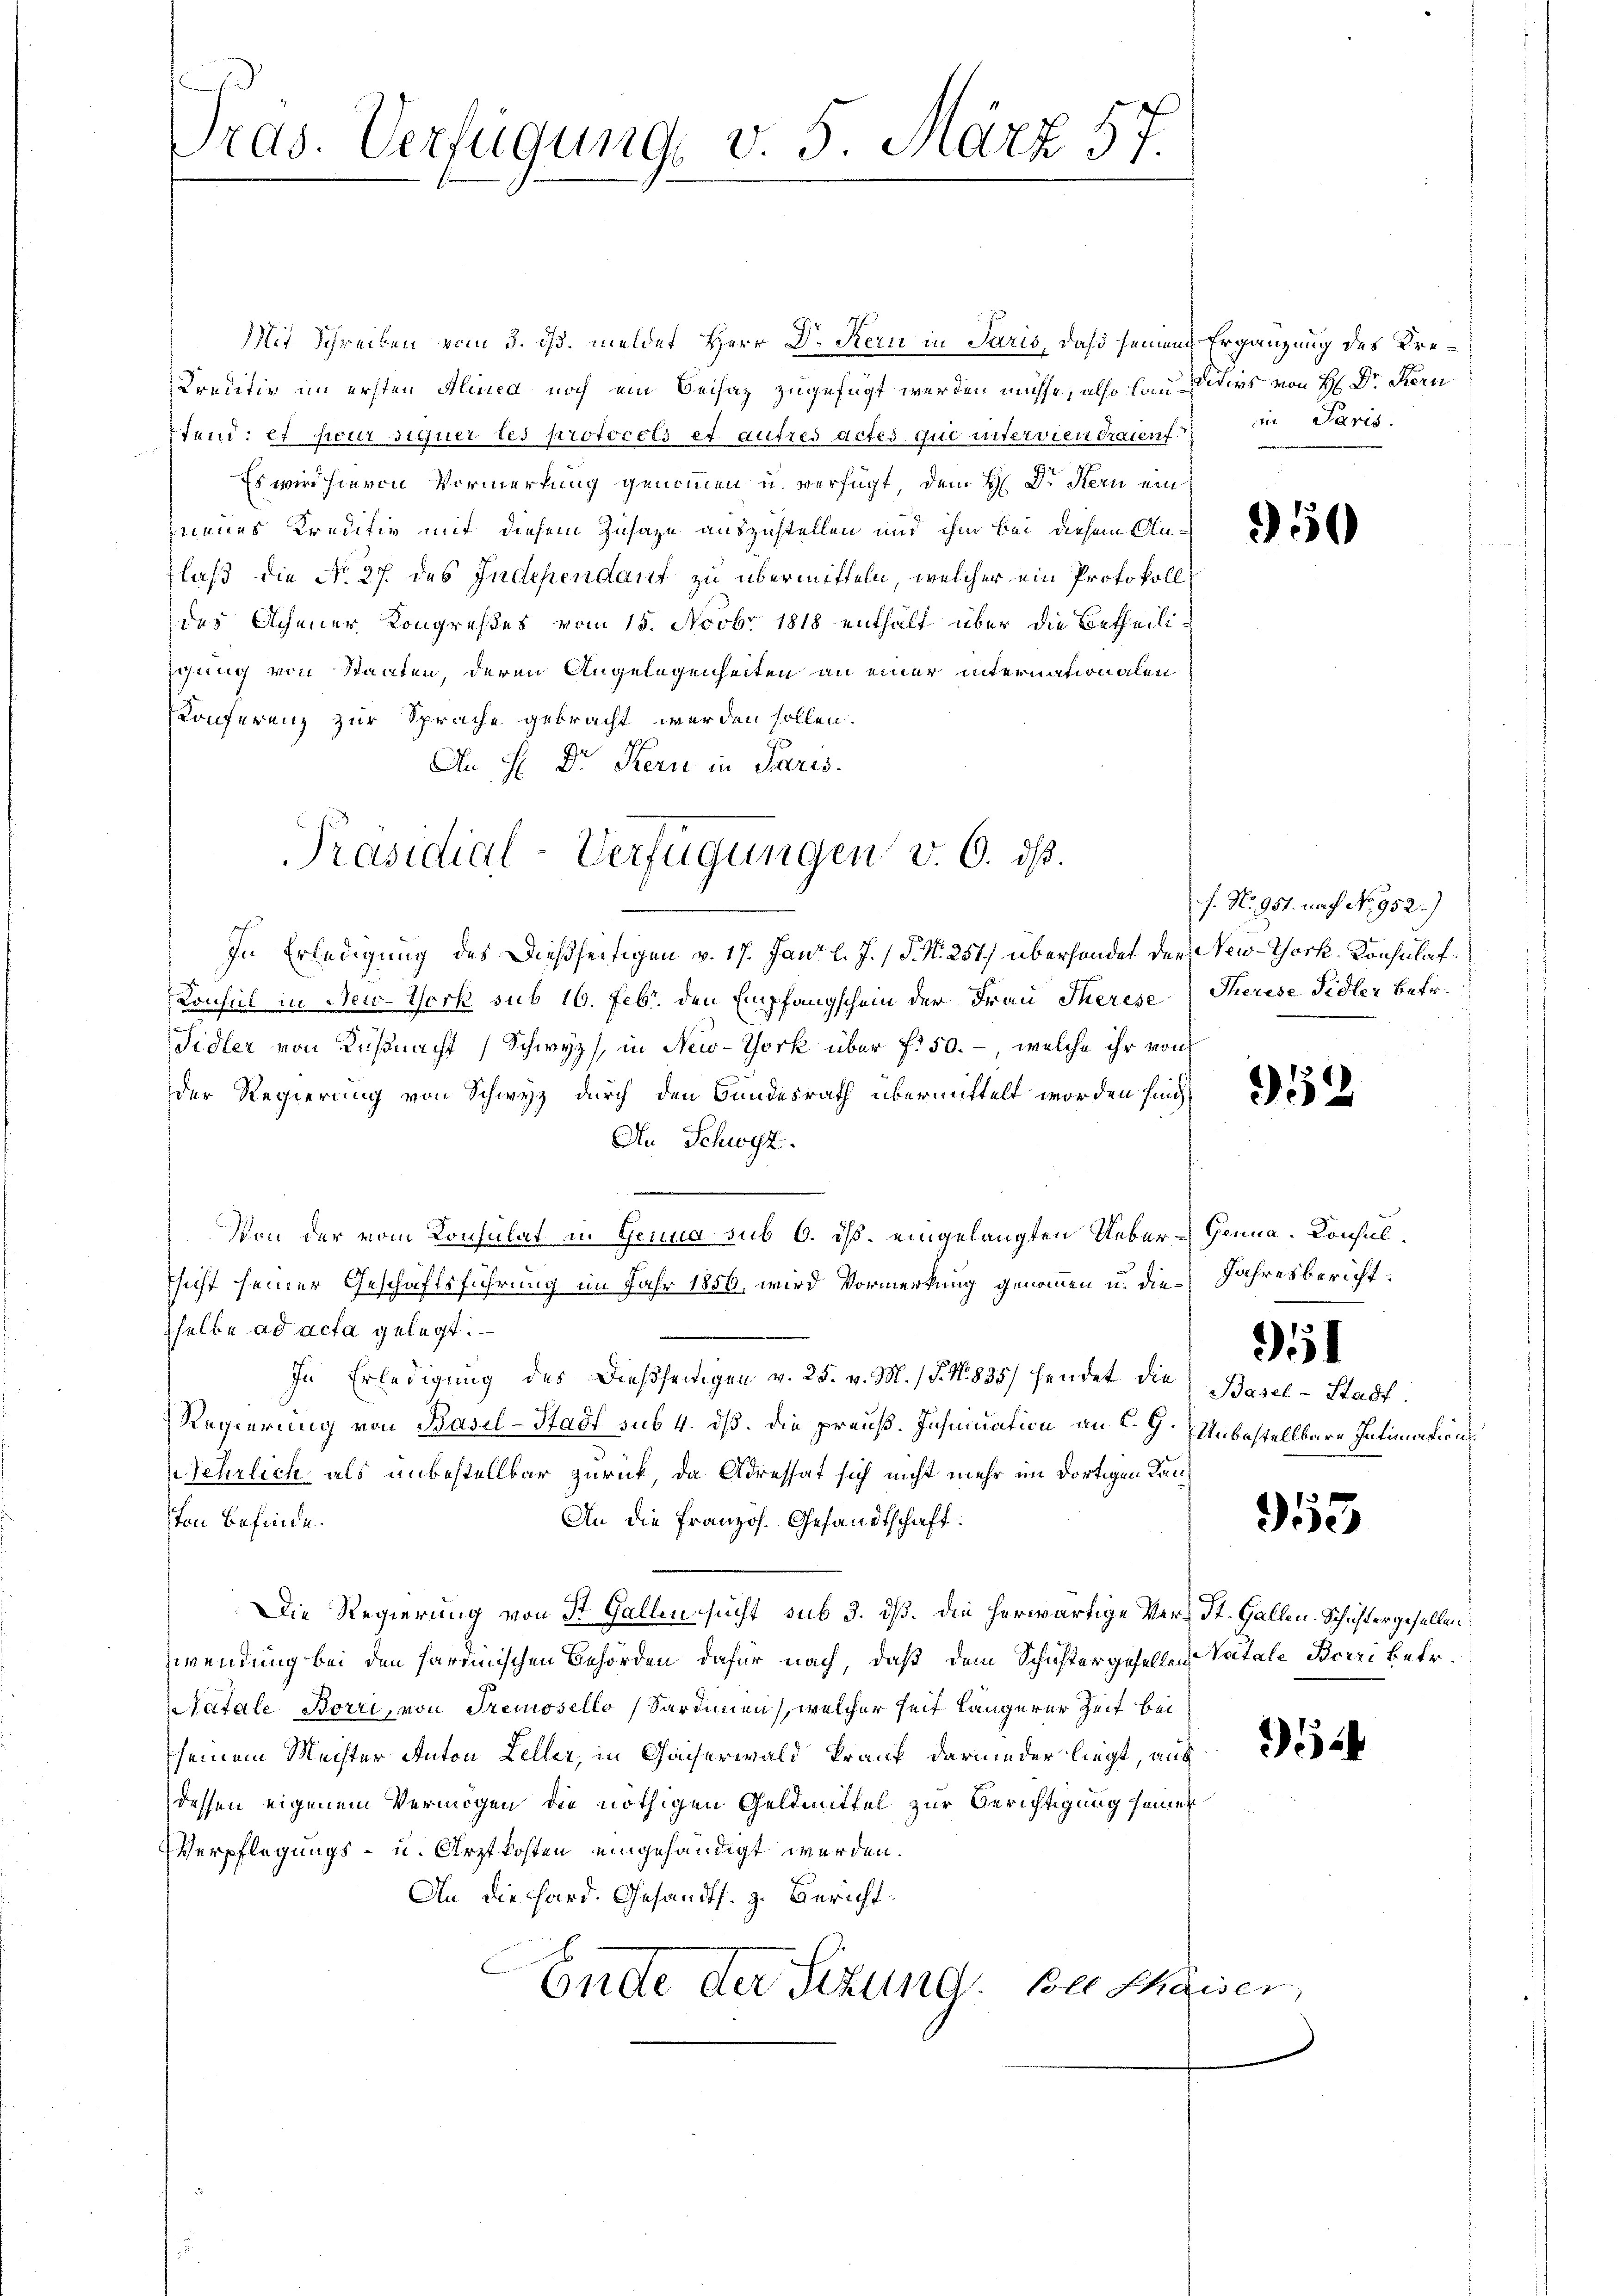
Tras. Verfügung v. 5. März 57.

Mit Schreiben vom 3. ds. meldet Herr Dr Kern in Paris, daß seinen Ergänzung des Kre¬
Creditiv im ersten Alinea noch ein Beisaz zugefügt werden müsse, also landiders von H. Dr. Kern
 Sand: et sollt Steuertes protocoli et autres actes qui unterviendraienf
a
Es wird hierin Vormerkung genommen u. verfügt, dem H. Dr Kern ein
neues Kreditiv mit diesem Zusage auszustellen und ihm bei diesem Anlaß die No 27. des Independant zu übermitteln, welcher ein Protokoll
des Schener Kongreßes vom 15. Novbr. 1818 enthalt über die Betheili-
schung von Staaten, deren Angelegenheiten an einer internationalen
Konferenz zur Sprache gebracht werden sollen.
An H. Dr Kern in Paris.
In Erledigung des dießseitigen v. 17. Jani l. J. P. N. 251) überhandet der New-York, Konsulat
Konsul in New-York sub 16. Febr. den Empfangschein der Frau Therese Therese Sidler betr.
Sidler von Küßnacht Schwyz, in New-York über f. 50. -, welche ihr von
der Regierung von Schwyz durch den Bundesrath übermittelt worden sind,
An Schwyz.

Von der vom Konsulat in Genua sub 6. ds. eingelangten Ueber-Genna. Konsulhicht seiner Geschäftsführung im Jahr 1856, wird Vormerkung genommen u. die Jahresbericht.
sselbe ad acta gelegt.
In Erledigŭng des dießseitigen v. 25. v. M. P. Nr. 835. sendet die Basel-Stadt.
Regierung von Basel-Stadt sub. 4. dß. Die preuß. Insinuation an C. J. Unbestellbare Intimationsjehrlich als unbestellbar zurück, da Adressat sich nicht mehr im dortigen Kanston befinde.
An die französ. Gesandtschaft:
Die Regierung von St. Gallen sucht sub 3. dß. Die herwärtige Ver- St. Gallen. Schustergesellen
Zwendung bei den sardinischen Behörden dafür nach, daß dem Schustergeselle Katale Barri betr.
Natale Korri, von Tremosello Sardinien), welcher seit längerer Zeit bei
seinem Mechter Anton Leller, in Gaiserwald krauf darnieder liegt, aus
dessen eigenem Vermögen die nöthigen Geldmittel zur Berichtigung seiner
Verpflegungs- u. Arztkosten eingehändigt werden.
An die Hard. Gesandts. z. Bericht
Ende der Stund. Bei thaiser

Präsidial-Verfügungen v. 6. ds.

in Paris.

350

f. No. 951. nach No 952.)

952

951

953

2